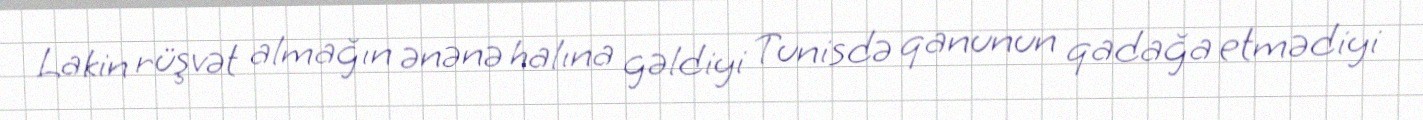
Lakin rüşvət almağın ənənə halına gəldiyi Tunisdə qanunun qadağa etmədiyi